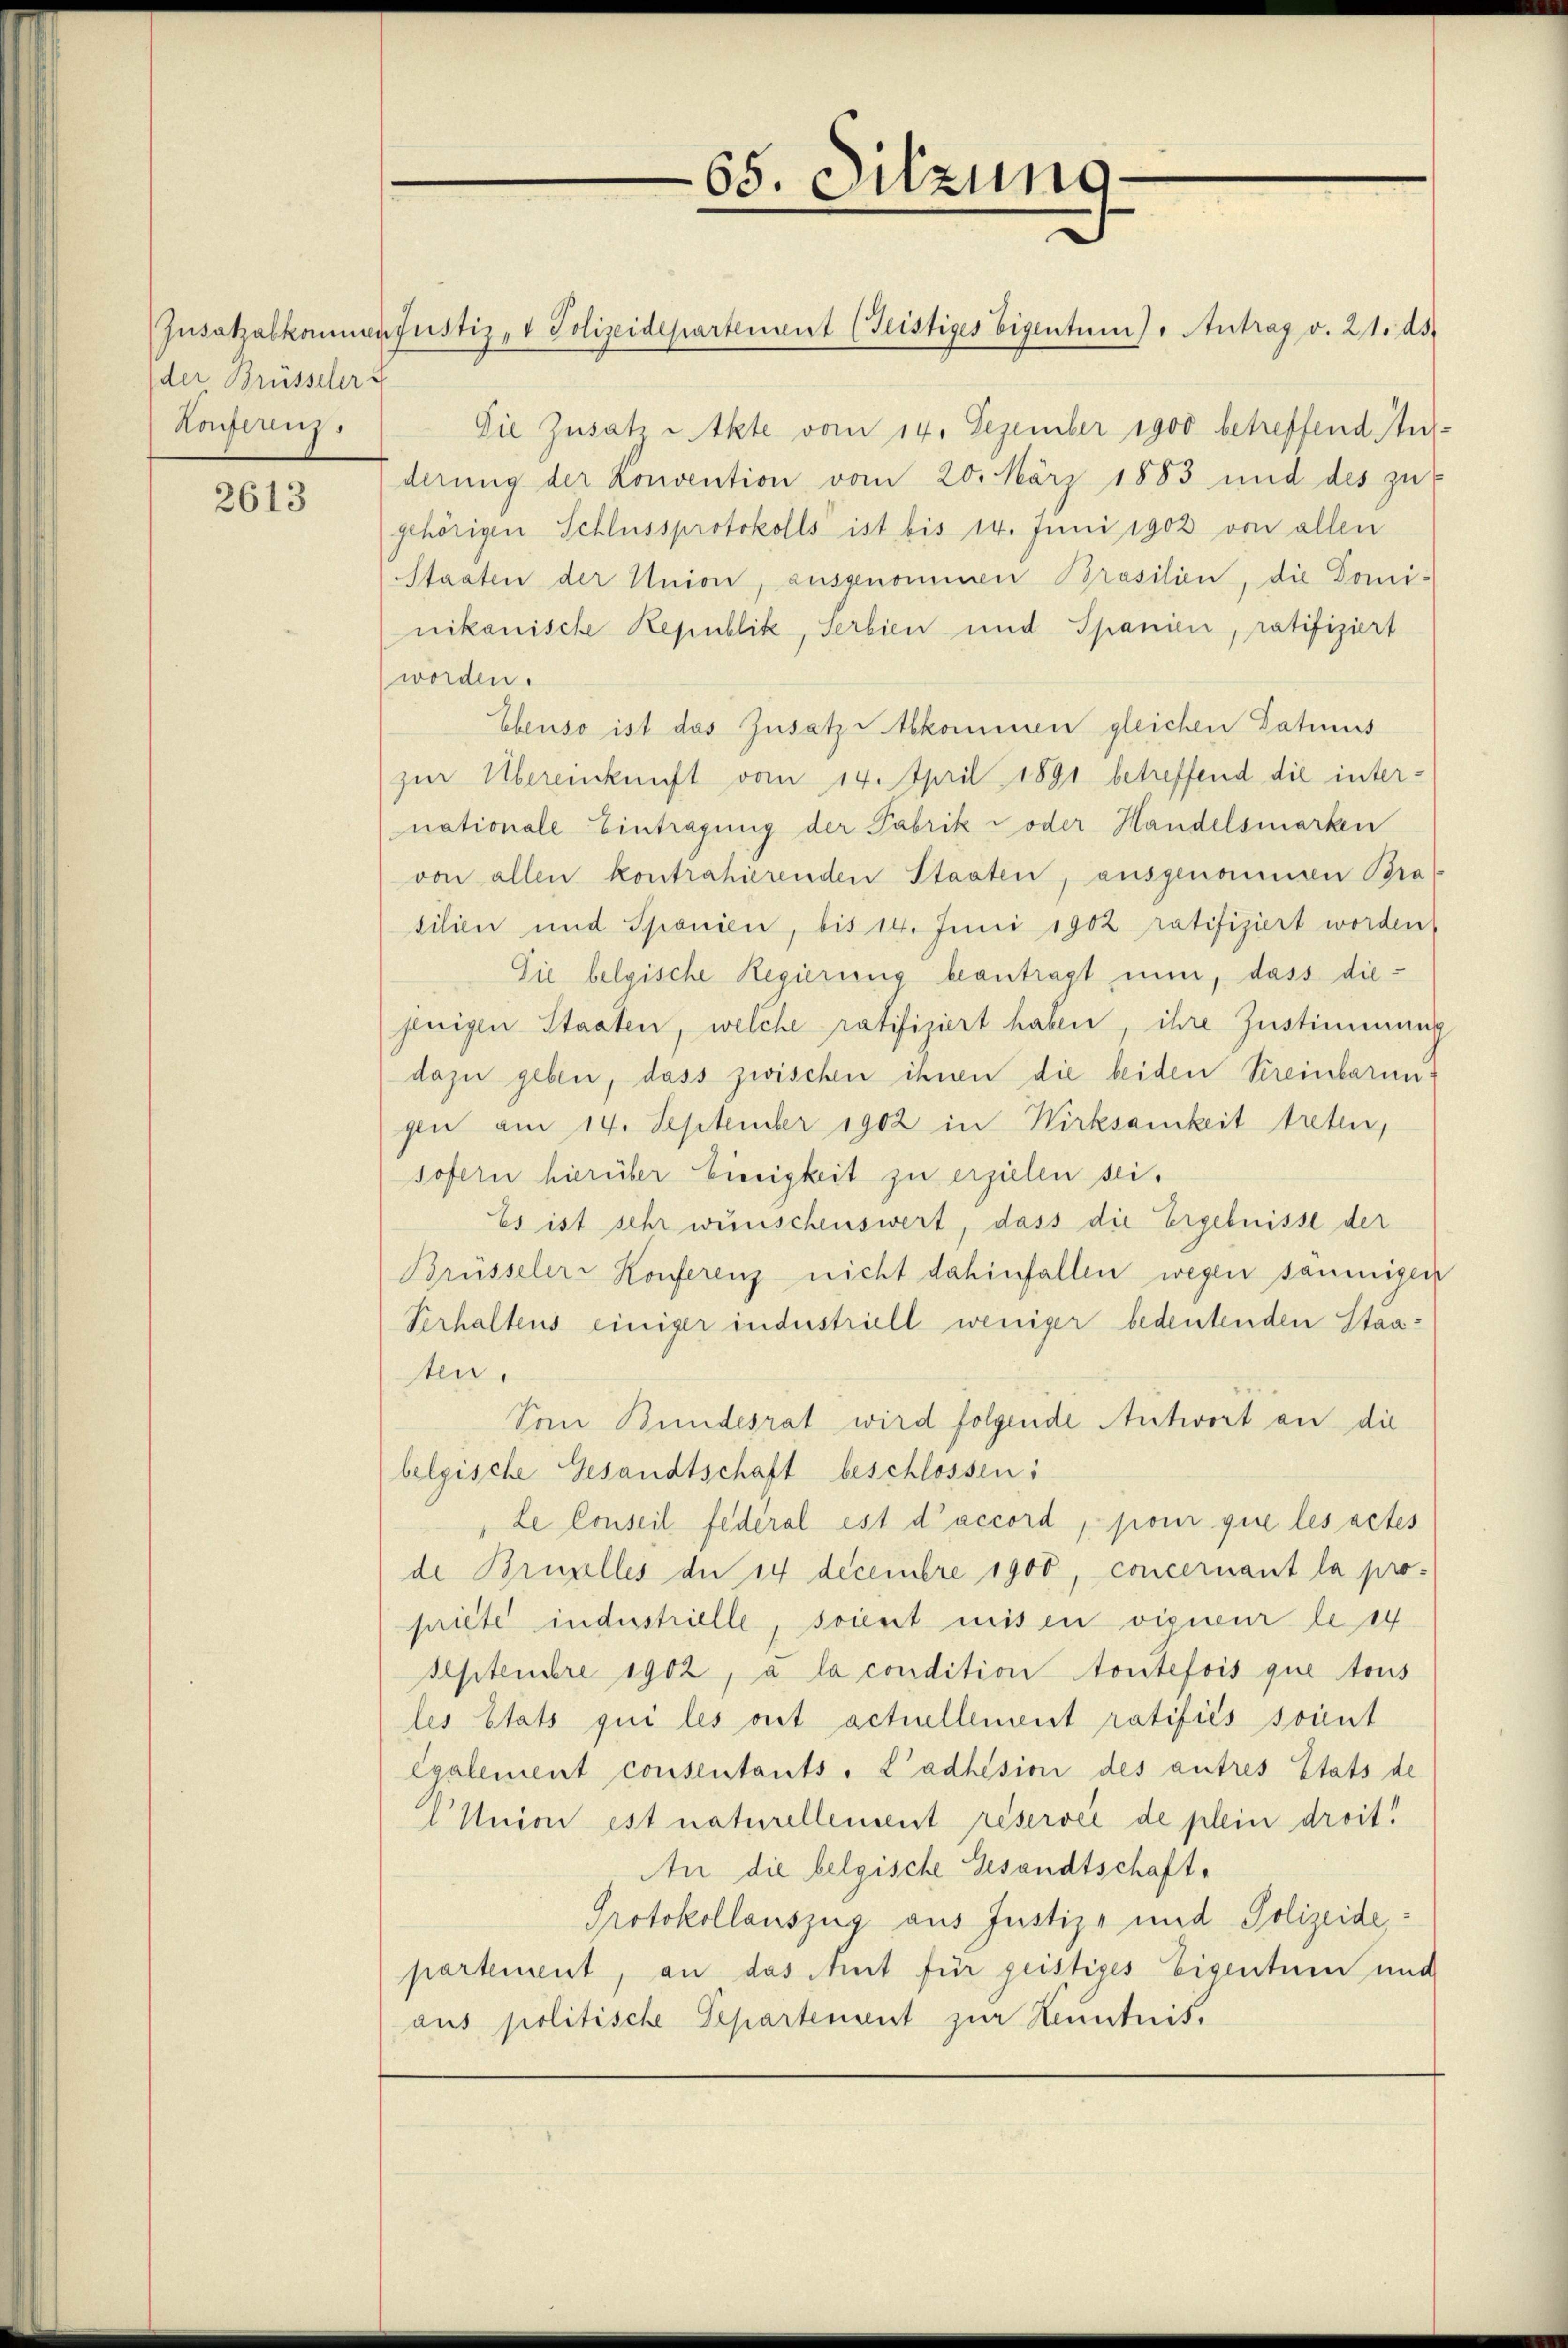
der Brüsseler i
Konfereng

2613

65. Sitzung.

Zŭsatzalkommensustiz- & Polizeidepartement (Teistiges Eigentum) " Antrag v. 21. ds.
Die Zusatz -Akte vom 14. Dezember 1900 betreffend studerung der Konvention vom 20. März 1883 und des zu
gehörigen Schlussprotokolls ist bis 14. Juni 1902 von allen
Staaten der Union, ausgenommen Brasilien, die Dominikanische Republik, Serbien und Spanien, ratifiziert
worden.
Ebenso ist das Zusatz kommen gleichen Datums
zur Übereinkunft vom 14. April 1891 betreffend die internationale Eintragung der Fabrik oder Handelsmarken
von allen kontrahierenden Staaten, ausgenommen Bra
silien und Sponien, bis 14. Juni 1902 ratifiziert worden
Sie belgische Regierung beantragt nun, dass diejenigen Staaten, welche ratifiziert haben, ihre Zustimmung
dazu geben, dass zwischen ihnen die beiden Kreinbarungen am 14. September 1902 in Wirksamkeit treten,
sofern hierüber Einigkeit zu erzielen sei.
Es ist sehr wünschenswert, dass die Ergebnisse der
Brüsseler-Konferenz nicht dahinfallen wegen säumigen
Verhaltens einiger industriell weniger bedeutenden Staaten.
Von Bundesrat wird folgende Antwort an die
belgische Gesandtschaft beschlossen:
Le Conseil fédéral est d’accord, pour que les actes
de Brupelles der 14 decembre 1900, concernant la pro-
priete industrielle, soient misen vigueur le 14
Septembre 1902, a la condition toutefois que tous
les Etats qui les ont actuellement ratifiés sonnt
Egalement consentants. L’adhésion des autres Etats de
l Union est naturellement réservée de plein droit!
An die belgische Gesandtschaft¬
Protokollauszug aus Justiz- und Polizeidepartement, an das Amt für geistiges Eigentum und
aus politische Departement zur Kenntnis.